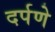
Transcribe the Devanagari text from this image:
दर्पणे